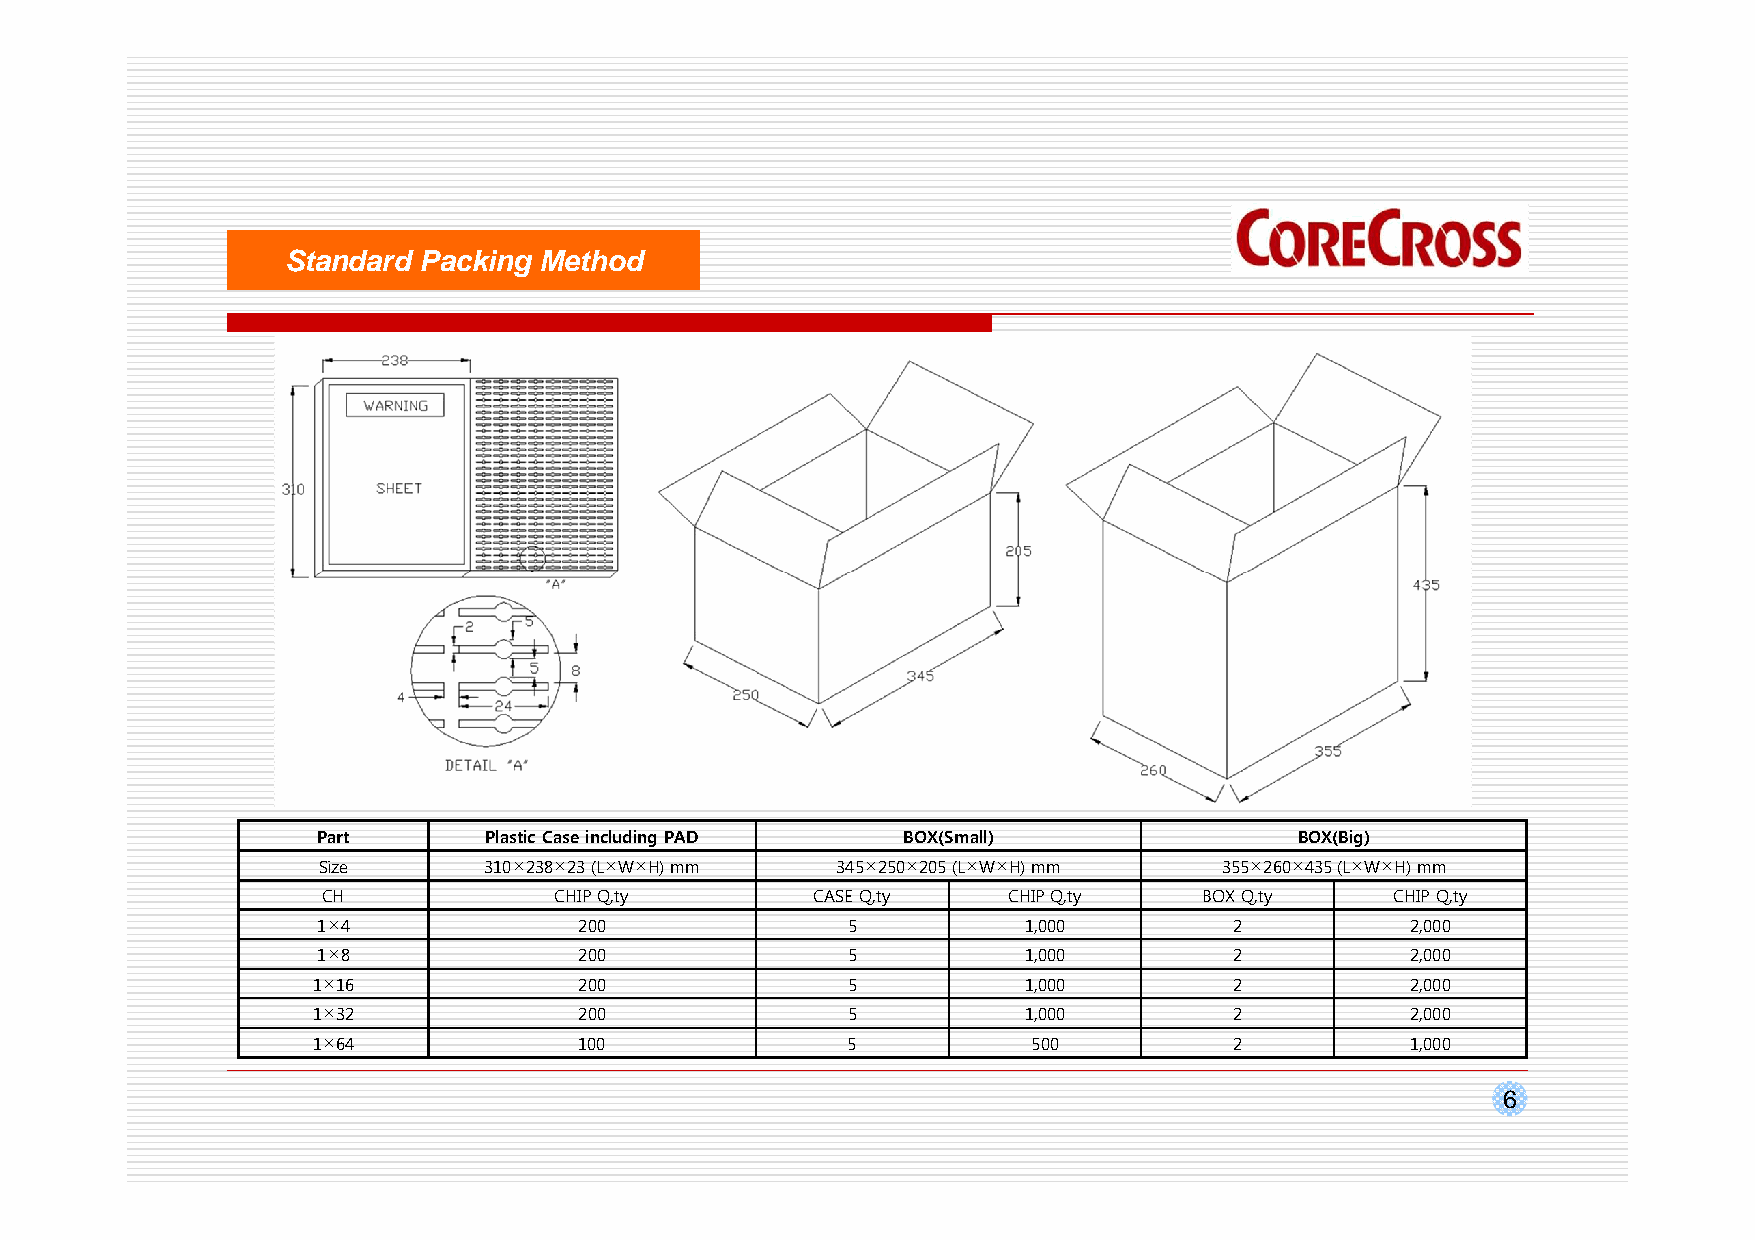
Standard Packing Method
 Part       Plastic Case including PAD  BOX(Small)                BOX(Big)
 Size       310×238×23 (L×W×H)mm   345×250×205 (L×W×H) mm    355×260×435 (L×W×H) mm
 CH              CHIP Q,ty        CASE Q,ty    CHIP Q,ty    BOX Q,ty    CHIP Q,ty
 1×4              200               5           1,000         2          2,000
 1×8              200               5           1,000         2          2,000
 1×16             200               5           1,000         2          2,000
 1×32             200               5           1,000         2          2,000
 1×64             100               5           500           2          1,000
 6